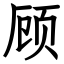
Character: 顾